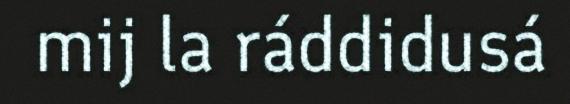
mij la ráddidusá